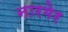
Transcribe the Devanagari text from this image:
नारमेर